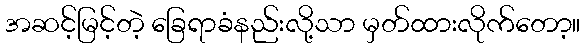
အဆင့်မြင့်တဲ့ ခြေရာခံနည်းလို့သာ မှတ်ထားလိုက်တော့။